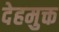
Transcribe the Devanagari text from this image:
देहमुक्त